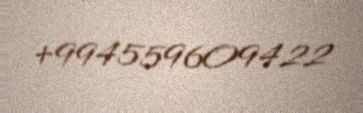
+994559609422